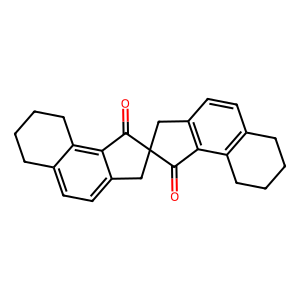
SMILES: O=C1c2c(ccc3c2CCCC3)CC12Cc1ccc3c(c1C2=O)CCCC3
Inhibits HIV replication: No